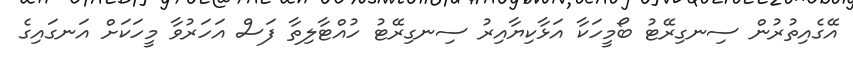
އޭގެއިތުރުން ސިނގިރޭޓު ބޯމީހަކާ އަޅާކިޔާއިރު ސިނގިރޭޓު ހުއްޓާލިތާ ފަސް އަހަރުވާ މީހަކަށް އަނގައިގެ